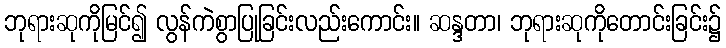
ဘုရားဆုကိုမြင်၍ လွန်ကဲစွာပြုခြင်းလည်းကောင်း။ ဆန္ဒတာ၊ ဘုရားဆုကိုတောင်းခြင်း၌